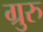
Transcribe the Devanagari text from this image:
ग्रुरु